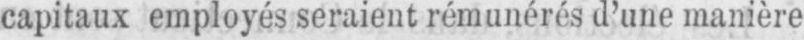
capitaux employés seraient rémunérés d’une manière